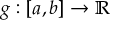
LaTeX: g : \left[ a , b \right] \rightarrow \mathbb { R }